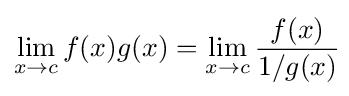
\lim _{x\to c}f(x)g(x)=\lim _{x\to c}{\frac {f(x)}{1/g(x)}}\!